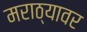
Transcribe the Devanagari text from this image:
मराठ्यावर